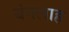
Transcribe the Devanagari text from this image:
बंगलाह